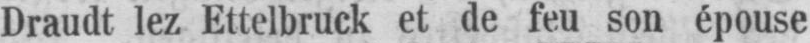
Draudt lez Ettelbruck et se feu son épouse